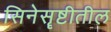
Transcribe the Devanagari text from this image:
सिनेसॄष्टीतील